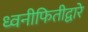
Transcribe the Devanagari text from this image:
ध्वनीफितीद्वारे